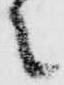
之